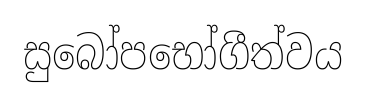
සුබෝපභෝගීත්වය